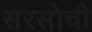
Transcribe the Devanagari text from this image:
सरसोची